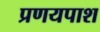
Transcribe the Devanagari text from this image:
प्रणयपाश